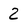
Character: 2